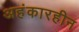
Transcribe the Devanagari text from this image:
अहंकारहीन